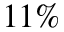
1 1 \%